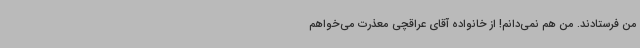
من فرستادند. من هم نمی‌دانم! از خانواده آقای عراقچی معذرت می‌خواهم